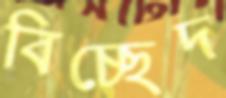
বিচ্ছেদ